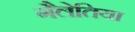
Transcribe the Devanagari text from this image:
गैलेतिया